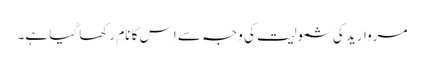
مروارید کی شمولیت کی وجہ سے اِس کا نام رکھا گیا ہے۔